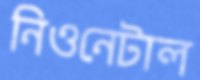
নিওনেটাল